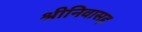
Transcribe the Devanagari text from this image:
श्रीनिवासह